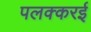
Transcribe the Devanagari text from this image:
पलक्करई